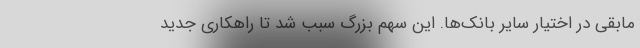
مابقی در اختیار سایر بانک‌ها. این سهم بزرگ سبب شد تا راهکاری جدید